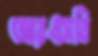
আরএসবি